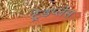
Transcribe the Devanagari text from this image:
ट्रेडप्लेस